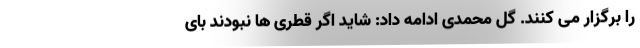
را برگزار می کنند. گل محمدی ادامه داد: شاید اگر قطری ها نبودند بای